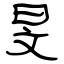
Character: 旻